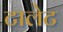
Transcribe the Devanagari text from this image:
टालेट